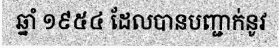
ឆ្នាំ ១៩៥៤ ដែលបានបញ្ជាក់នូវ